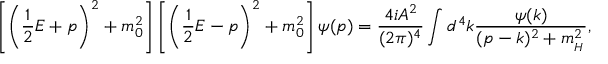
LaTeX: \left[ \left( \frac { 1 } { 2 } E + p \right) ^ { 2 } + m _ { 0 } ^ { 2 } \right] \left[ \left( \frac { 1 } { 2 } E - p \right) ^ { 2 } + m _ { 0 } ^ { 2 } \right] \psi ( p ) = \frac { 4 i A ^ { 2 } } { ( 2 \pi ) ^ { 4 } } \int d ^ { 4 } k \frac { \psi ( k ) } { ( p - k ) ^ { 2 } + m _ { _ H } ^ { 2 } } ,